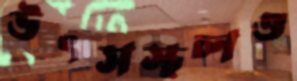
উৎসস্থলও